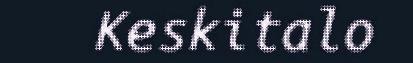
Keskitalo